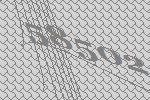
58502